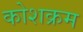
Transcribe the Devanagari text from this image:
कोशक्रम